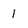
Character: 1